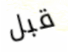
قبل